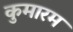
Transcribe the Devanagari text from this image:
कुमारम